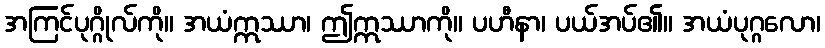
အကြင်ပုဂ္ဂိုလ်ကို။ အယံဣဿာ၊ ဤဣဿာကို။ ပဟီနာ၊ ပယ်အပ်၏။ အယံပုဂ္ဂလော၊